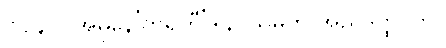
၁၁၄၀။ အဓုနေ’တရဟီ’ဒါနိ၊ သမ္ပတိ အညဒတ္ထု တု။